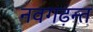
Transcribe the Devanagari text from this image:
नवगढ़न्त